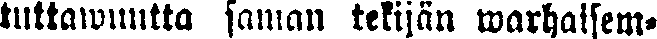
tuttawuutta saman tekijän warhaisem-